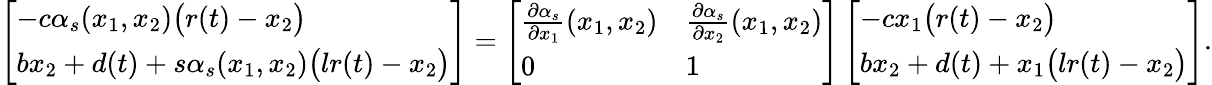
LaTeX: \begin{array}{r}{\left[\begin{array}{l}{-c\alpha_{s}(x_{1},x_{2})\big(r(t)-x_{2}\big)}\\ {bx_{2}+d(t)+s\alpha_{s}(x_{1},x_{2})\big(lr(t)-x_{2}\big)}\end{array}\right]=\left[\begin{array}{ll}{\frac{\partial\alpha_{s}}{\partial x_{1}}(x_{1},x_{2})}&{\frac{\partial\alpha_{s}}{\partial x_{2}}(x_{1},x_{2})}\\ {0}&{1}\end{array}\right]\left[\begin{array}{l}{-cx_{1}\big(r(t)-x_{2}\big)}\\ {bx_{2}+d(t)+x_{1}\big(lr(t)-x_{2}\big)}\end{array}\right].}\end{array}